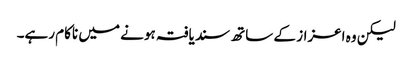
لیکن وہ اعزاز کے ساتھ سندیافتہ ہونے میں ناکام رہے۔